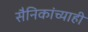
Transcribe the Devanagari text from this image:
सैनिकांच्याही